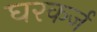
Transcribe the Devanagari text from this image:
घरकर्ज